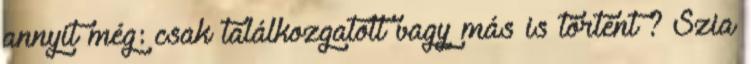
annyit még: csak találkozgatott vagy más is történt ? Szia